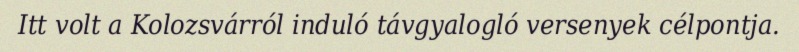
Itt volt a Kolozsvárról induló távgyalogló versenyek célpontja.